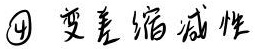
\textcircled{4} 变差缩减性